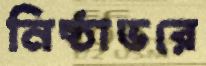
নিষ্ঠাভরে